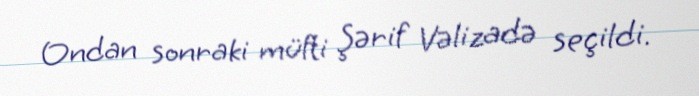
Ondan sonraki müfti Şərif Vəlizadə seçildi.